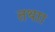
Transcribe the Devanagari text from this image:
तथाा